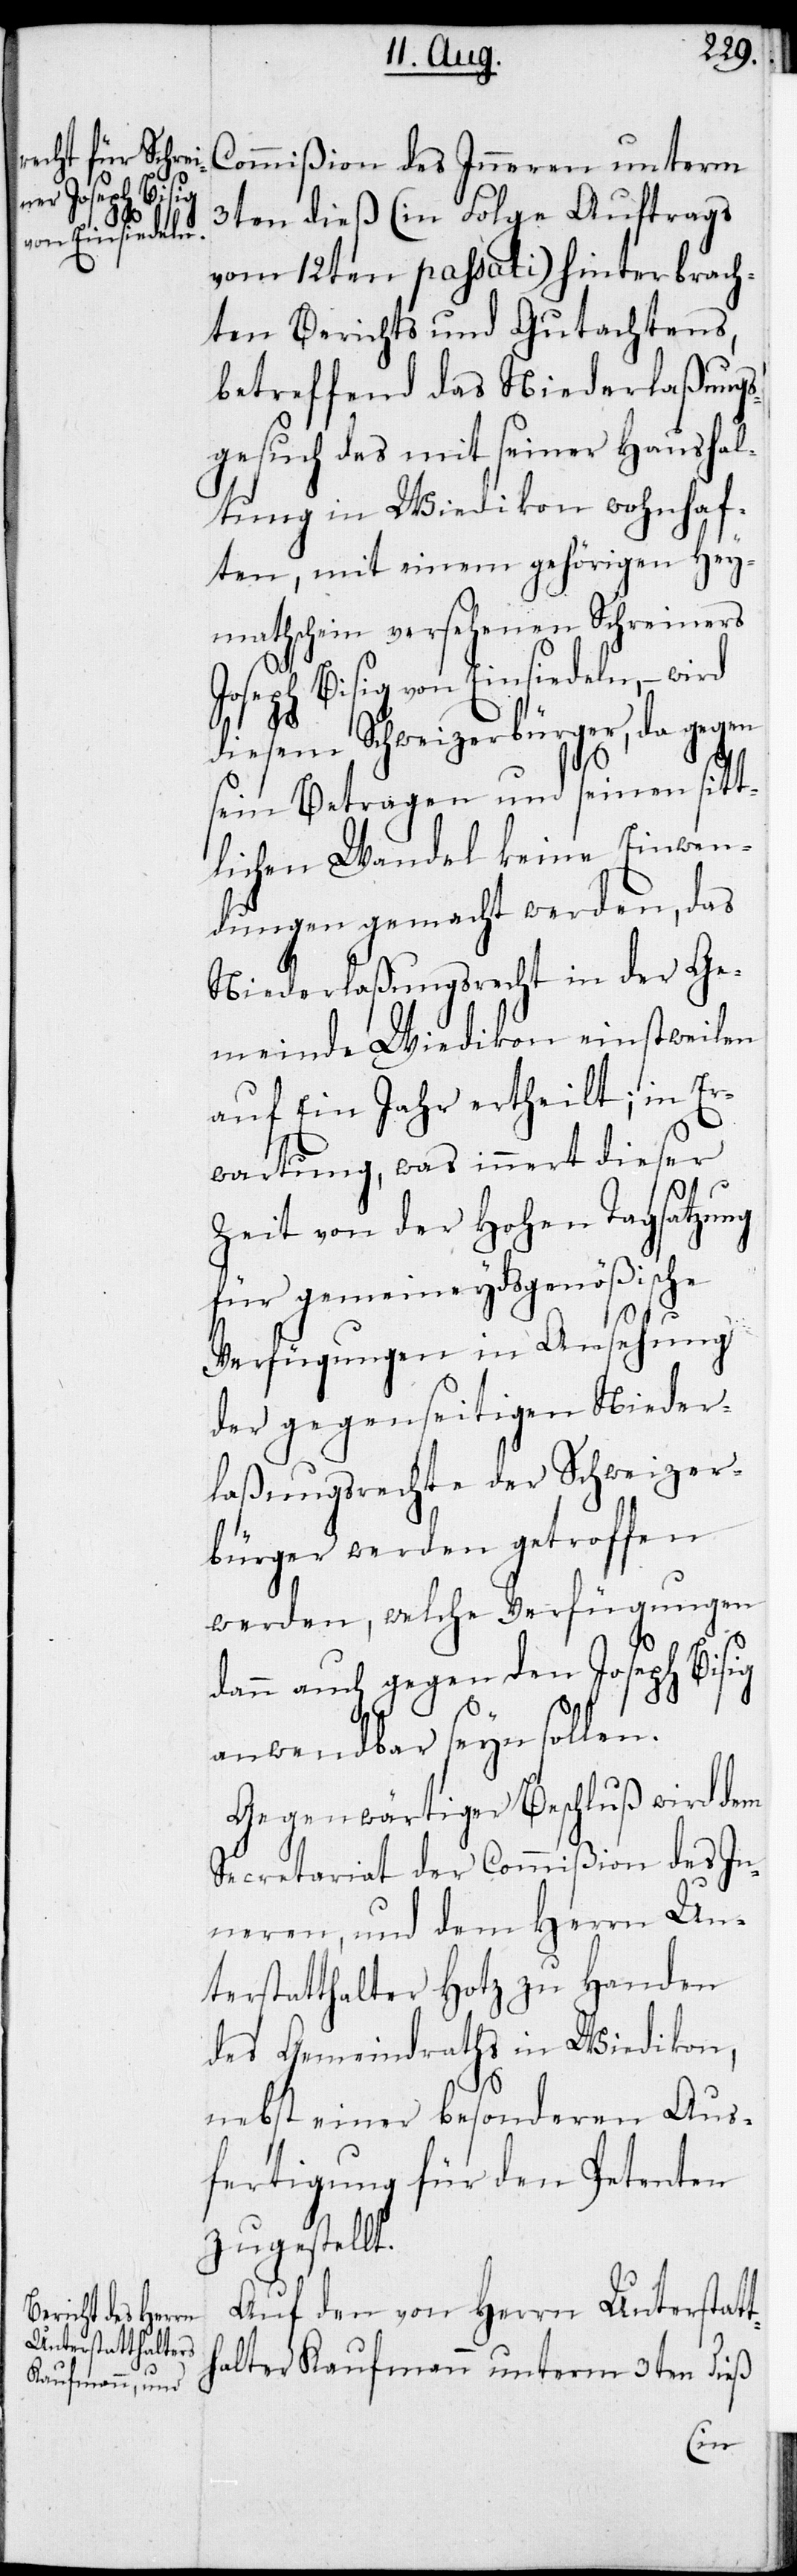
Commißion des Inneren unterm
3ten dieß (in Folge Auftrags
vom 12ten passati) hinterbrach¬
ten Berichts und Gutachtens,
betreffend das Niederlaßungs¬
gesuch des mit seiner Haushal¬
tung in Wiedikon wohnhaf¬
ten, mit einem gehörigen Hey¬
mathschein versehenen Schreiners
Joseph Bisig von Einsiedeln, –
diesem Schweizerbürger, da gegen
sein Betragen und seinen sitt¬
lichen Wandel keine Einwen¬
dungen gemacht werden, das
Niederlaßungsrecht in der Ge¬
meinde Wiedikon einstweilen
auf ein Jahr ertheilt; in Er¬
wartung, was innert dieser
Zeit von der Hohen Tagsatzung
für gemeineydsgenößische
Verfügungen in Ansehung
der gegenseitigen Nieder¬
laßungsrechte der Schweizer¬
bürger werden getroffen
werden, welche Verfügungen
dann auch gegen den Joseph Bisig
anwendbar seyn sollen.
Gegenwärtiger Beschluß wird dem
Secretariat der Commißion des In¬
neren, und dem Herrn Un¬
terstatthalter Hotz zu Handen
des Gemeindraths in Wiedikon,
nebst einer besonderen Aus¬
fertigung für den Petenten
zugestellt.
Auf den von Herrn Unterstatt¬
halter Kaufmann unterm 3ten dieß